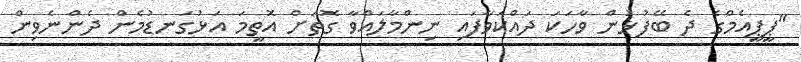
"ޕީޕީއެމްގެ ދެ ބޭފުޅުން ވާހަކަ ދައްކަވާފައި ނިންމާލައްވާ ގޮތަށް އޮތީމަ އަޅުގަނޑުމެން ދެންނެވިން